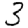
Digit: 3